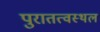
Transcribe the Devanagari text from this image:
पुरातत्वस्थल